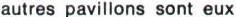
autres pavillons sont eux